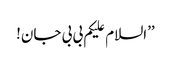
’’السلام علیکم بی بی جان!